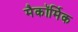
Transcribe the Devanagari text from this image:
मैकॉर्मिक